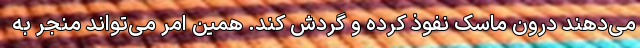
می‌دهند درون ماسک نفوذ کرده و گردش کند. همین امر می‌تواند منجر به